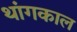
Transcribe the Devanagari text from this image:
थांगकाल